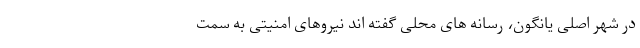
در شهر اصلی یانگون، رسانه های محلی گفته اند نیروهای امنیتی به سمت